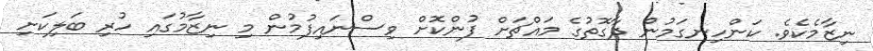
ނިޒާމެކެވެ. ކަންހިނގަމުން ދާގޮތުގެ މައްޗަށް ފުންކޮށް ވިސްނައިފުމުން މި ނިޒާމުގައި ހުރި ބަލިކަށި